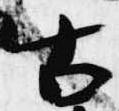
古